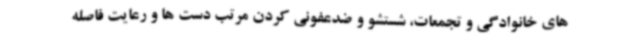
های خانوادگی و تجمعات، شستشو و ضدعفونی کردن مرتب دست ها و رعایت فاصله